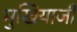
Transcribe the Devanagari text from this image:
मुखियाजी